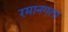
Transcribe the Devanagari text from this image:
रमानगला